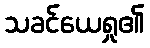
သခင်ယေရှု၏